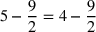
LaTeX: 5 - { \frac { 9 } { 2 } } = 4 - { \frac { 9 } { 2 } }